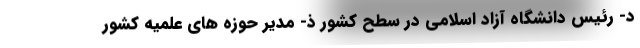
د- رئیس دانشگاه آزاد اسلامی در سطح کشور ذ- مدیر حوزه های علمیه کشور